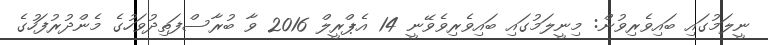
ނީލަމުގައި ބައިވެރިވުން: މިނީލަމުގައި ބައިވެރިވެވޭނީ 14 އެޕްރީލް 2016 ވާ ބުރާސްފަތިދުވަހުގެ މެންދުރުފަހުގެ